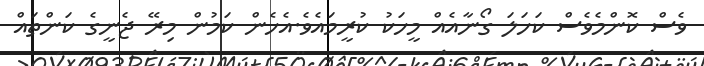
ވެސް ކޮންމެވެސް ކަހަލަ ގޯނާއެއް މީހަކު ކުރީމައެވެ.އެހެން ކަމުން މިރޭ ޖެނީގެ ކަންތައް